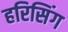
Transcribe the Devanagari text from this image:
हरिसिंग